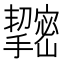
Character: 𢹫